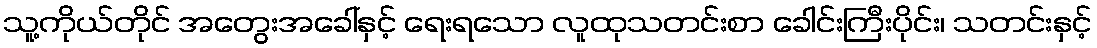
သူ့ကိုယ်တိုင် အတွေးအခေါ်နှင့် ရေးရသော လူထုသတင်းစာ ခေါင်းကြီးပိုင်း၊ သတင်းနှင့်